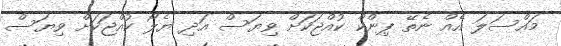
މައްސަލަ އެއް ނެތޭ ޕިންކް ކުއްޖަކަށް ވިޔަސް އަދި ޔެލޯ ކުއްޖަކަށް ވިޔަސް